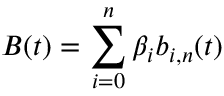
B ( t ) = \sum _ { i = 0 } ^ { n } \beta _ { i } b _ { i , n } ( t )